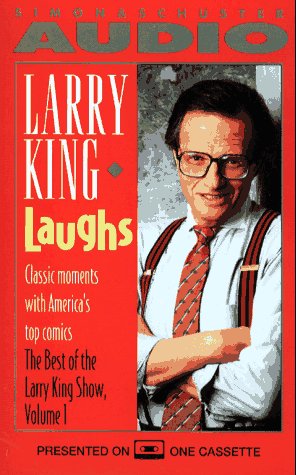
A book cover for LARRY KING: LAUGHS CASSETTE (Best of the Larry King Show); Daniel King; Humor & Entertainment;